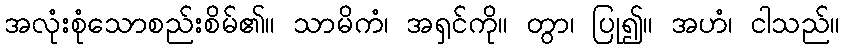
အလုံးစုံသောစည်းစိမ်၏။ သာမိကံ၊ အရှင်ကို။ တွာ၊ ပြု၍။ အဟံ၊ ငါသည်။